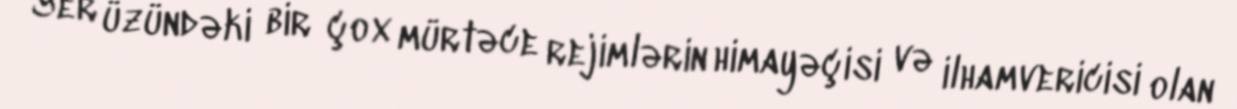
Yer üzündəki bir çox mürtəce rejimlərin himayəçisi və ilhamvericisi olan